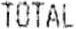
TOTAL